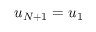
u _ { N + 1 } = u _ { 1 }